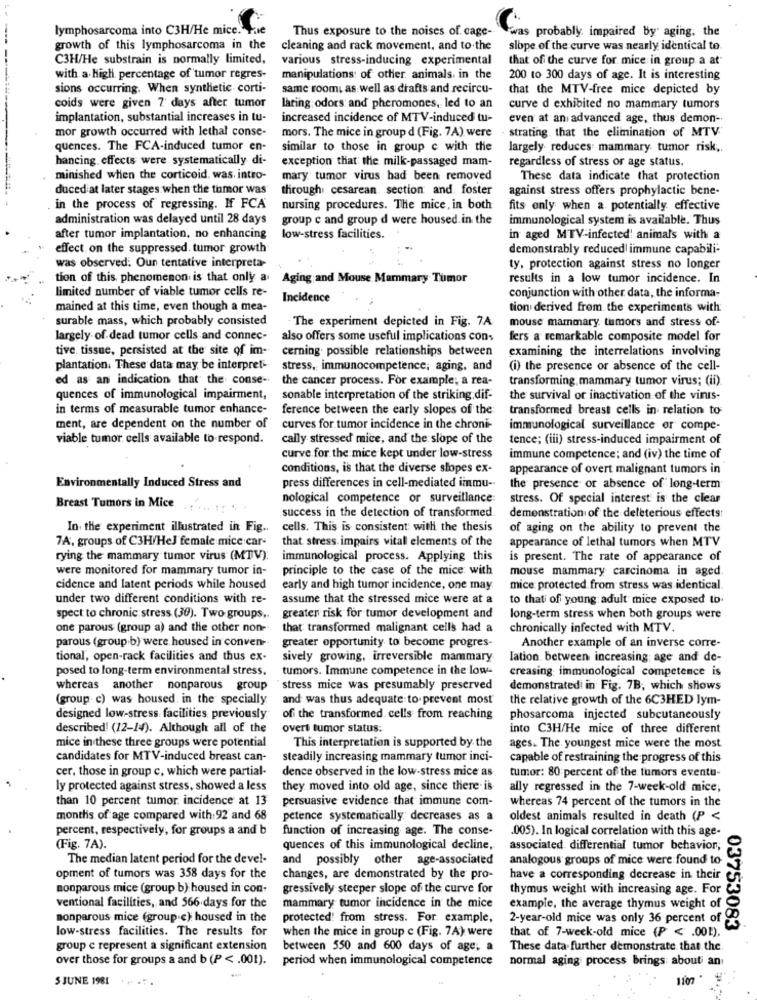
lymphosarcoma into C3H/He mice.
Thus exposure to the noises of cage-
was probably. impaired by aging, the
growth of this lymphosarcoma in the
cleaning and rack movement, and to the
slope of the curve was nearly identical to
C3H/He substrain is normally limited,
various stress-inducing experimental
that of the curve for mice in group a at
with a high percentage of tumor regres-
manipulations: of other animals. in the
200 to 300 days of age. It is interesting
sions occurring. When synthetic corti-
same roomi as well as drafts and recircu-
that the MTV-free mice depicted by
coids were given 7 days after tumor
lating odors and pheromones, led to an
curve d exhibited no mammary tumors
implantation, substantial increases in tu-
increased incidence of MTV-induced tu-
even at an advanced age, thus demon-
mor growth occurred with lethal conse-
strating, that the elimination of MTV
mors. The mice in group d (Fig. 7A) were
quences. The FCA-induced tumor en-
similar to those in group c with the
largely reduces: mammary tumor risk ,.
hancing. effects were systematically di-
exception that the milk-passaged mam-
regardless of stress or age status.
minished when the corticoid. was. intro-
mary tumor virus had been removed
These data indicate that protection
duced at later stages when the tomor was
through cesarean section and foster
against stress offers prophylactic bene-
in the process of regressing. If FCA
nursing procedures. The mice, in both
fits only when a potentially. effective
administration was delayed until 28 days
group c and group d were housed. in the
immunological system is available. Thus
after tumor implantation, no enhancing
low-stress facilities.
in aged MTV-infected! animals with a
effect on the suppressed. tumor growth
demonstrably reduced immune capabili-
was observed. Oun tentative interpreta-
ty, protection against stress no longer
tion of this phenomenon is that only a
Aging and Mouse Mammary Tumor
results in a low tumor incidence. In
limited number of viable tumor cells re-
Incidence
conjunction with other data, the informa-
mained at this time, even though a mea-
tion derived from the experiments with
surable mass, which probably consisted
The experiment depicted in Fig. 7A
mouse mammary tumors and stress of-
largely of dead tumor cells and connec-
also offers some useful implications cons
fers a remarkable composite model for
tive tissue, persisted at the site of im-
cerning. possible relationships between
examining the interrelations involving
plantation. These data may be interpret-
stress, immunocompetence; aging, and
(i) the presence or absence of the cell-
ed as an indication that the conse-
the cancer process. For example; a rea-
transforming, mammary tumor virus; (ii)
quences of immunological impairment,
sonable interpretation of the striking dif-
the survival or inactivation of the vinis-
in terms of measurable tumor enhance-
ference between the early slopes of the
transformed breast cells in relation to
ment, are dependent on the number of
curves for tumor incidence in the chroni-
immunological surveillance or compe-
viable tumor cells available to respond.
cally stressed mice, and the slope of the
tence; (iii) stress-induced impairment of
curve for the mice kept under low-stress
immune competence; and (iv) the time of
conditions, is that the diverse slopes ex-
appearance of overt malignant tumors in
Environmentally Induced Stress and
press differences in cell-mediated immu --
the presence of absence of long-term
nological competence or surveillance:
stress. Of special interest is the clear
Breast Tumors in Mice .. ... .. ..
success in the detection of transformed
demonstration of the deleterious effects
In the experiment illustrated in Fig ..
cells. This is consistent with the thesis
of aging on the ability to prevent the
7A, groups of C3H/HeJ female mice car-
that stress impairs vital elements of the
appearance of lethal tumors when MTV
rying the mammary tumor virus (MTV):
immunological process. Applying this
is present. The rate of appearance of
were monitored for mammary tumor in-
principle to the case of the mice with
mouse mammary carcinoma in aged.
cidence and latent periods while housed
early and high tumor incidence, one may
mice protected from stress was identical.
under two different conditions with re-
assume that the stressed mice were at a
to that of young adult mice exposed to.
spect to chronic stress (30). Two groups ,.
greater risk for tumor development and
long-term stress when both groups were
one parous (group a) and the other non-
that transformed malignant cells had a
chronically infected with MTV.
parous (group b) were housed in conven-
Another example of an inverse corre-
greater opportunity to become progres-
tional, open-rack facilities and thus ex-
sively growing, irreversible mammary
Iation between increasing age and de-
posed to long-term environmental stress.
tumors. Immune competence in the low-
creasing immunological competence is
whereas another nonparous group
stress mice was presumably preserved
demonstratedi in Fig. 7B, which shows
(group c) was housed in the specially
and was thus adequate to prevent most
the relative growth of the 6C3HED lym-
designed low-stress: facilities previously
off the transformed. cells from reaching
phosarcoma injected subcutaneously
described! (12-14). Although all of the
overt tumor status:
into C3H/He mice of three different
mice in these three groups were potential
This interpretation is supported by the
ages. The youngest mice were the most
candidates for MTV-induced breast can-
steadily increasing mammary tumor inci-
capable of restraining the progress of this
cer, those in group c, which were partial-
dence observed in the low-stress mice as
tumor: 80 percent of the tumors eventu-
ly protected against stress, showed a less
they moved into old age, since there is
ally regressed in the 7-week-old mice;
than 10 percent tumor incidence at 13
persuasive evidence that immune com-
whereas 74 percent of the tumors in the
months of age compared with 92 and 68
petence systematically decreases as a
oldest animals resulted in death (P <
percent, respectively, for groups a and b
function of increasing age. The conse-
.005). In logical correlation with this age-
(Fig. 7A).
quences of this immunological decline,
associated differential tumor behavior,
The median latent period for the devel-
and possibly other age-associated
analogous groups of mice were found to-
opment of tumors was 358 days for the
changes, are demonstrated by the pro-
have a corresponding decrease in their
nonparous mice (group b) housed in con-
gressively steeper slope of the curve for
thymus weight with increasing age. For
ventional facilities, and 566 days for the
mammary tumor incidence in the mice
example, the average thymus weight of
nonparous mice (group c); housed in the
protected from stress. For example,
2-year-old mice was only 36 percent of
low-stress facilities. The results for
when the mice in group c (Fig. 7A) were
03753083
that of 7-week-old mice (P < . 001).
group e represent a significant extension
between 550 and 600 days of age, a
These data further demonstrate that the
over those for groups a and b (P < . 001). period when immunological competence
normal aging process brings about an
S JUNE 1981
1107